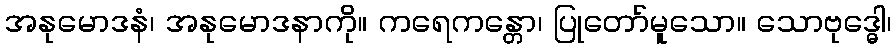
အနုမောဒနံ၊ အနုမောဒနာကို။ ကရေဂာန္တော၊ ပြုတော်မူသော။ သောဗုဒ္ဓေါ၊